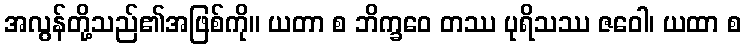
အလွန်တို့သည်၏အဖြစ်ကို။ ယတာ စ ဘိက္ခဝေ တဿ ပုရိသဿ ဇဝေါ၊ ယထာ စ